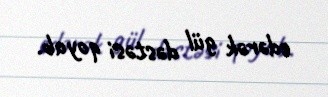
edərək gül dəstəsi qoyub.